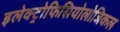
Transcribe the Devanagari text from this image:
इलेक्ट्रोफिसियोलोजिकल